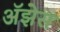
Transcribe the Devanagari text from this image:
अॅझेस